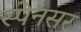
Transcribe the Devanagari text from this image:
स्पेनसर